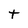
Character: t